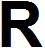
R